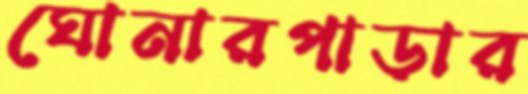
ঘোনারপাড়ার